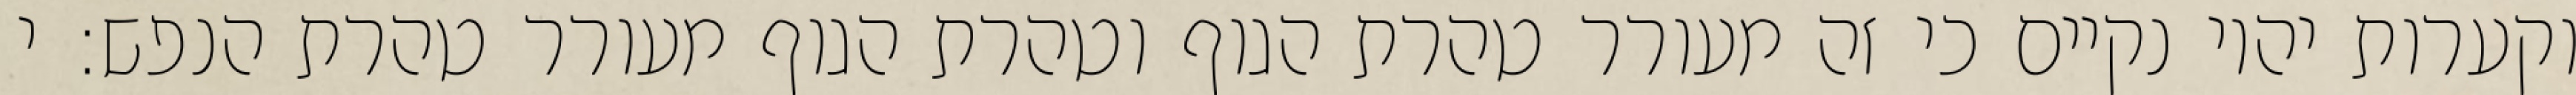
וקערות יהיו נקיים כי זה מעורר טהרת הגוף וטהרת הגוף מעורר טהרת הנפש: י